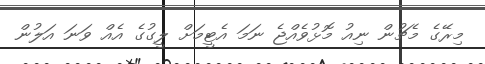
މިރޭގެ މެޗުން ނިއު މޮޅުވެއްޖެ ނަމަ އެޓީމަށް ލީގުގެ އެއް ވަނަ އަލުން